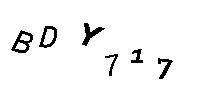
BDY717